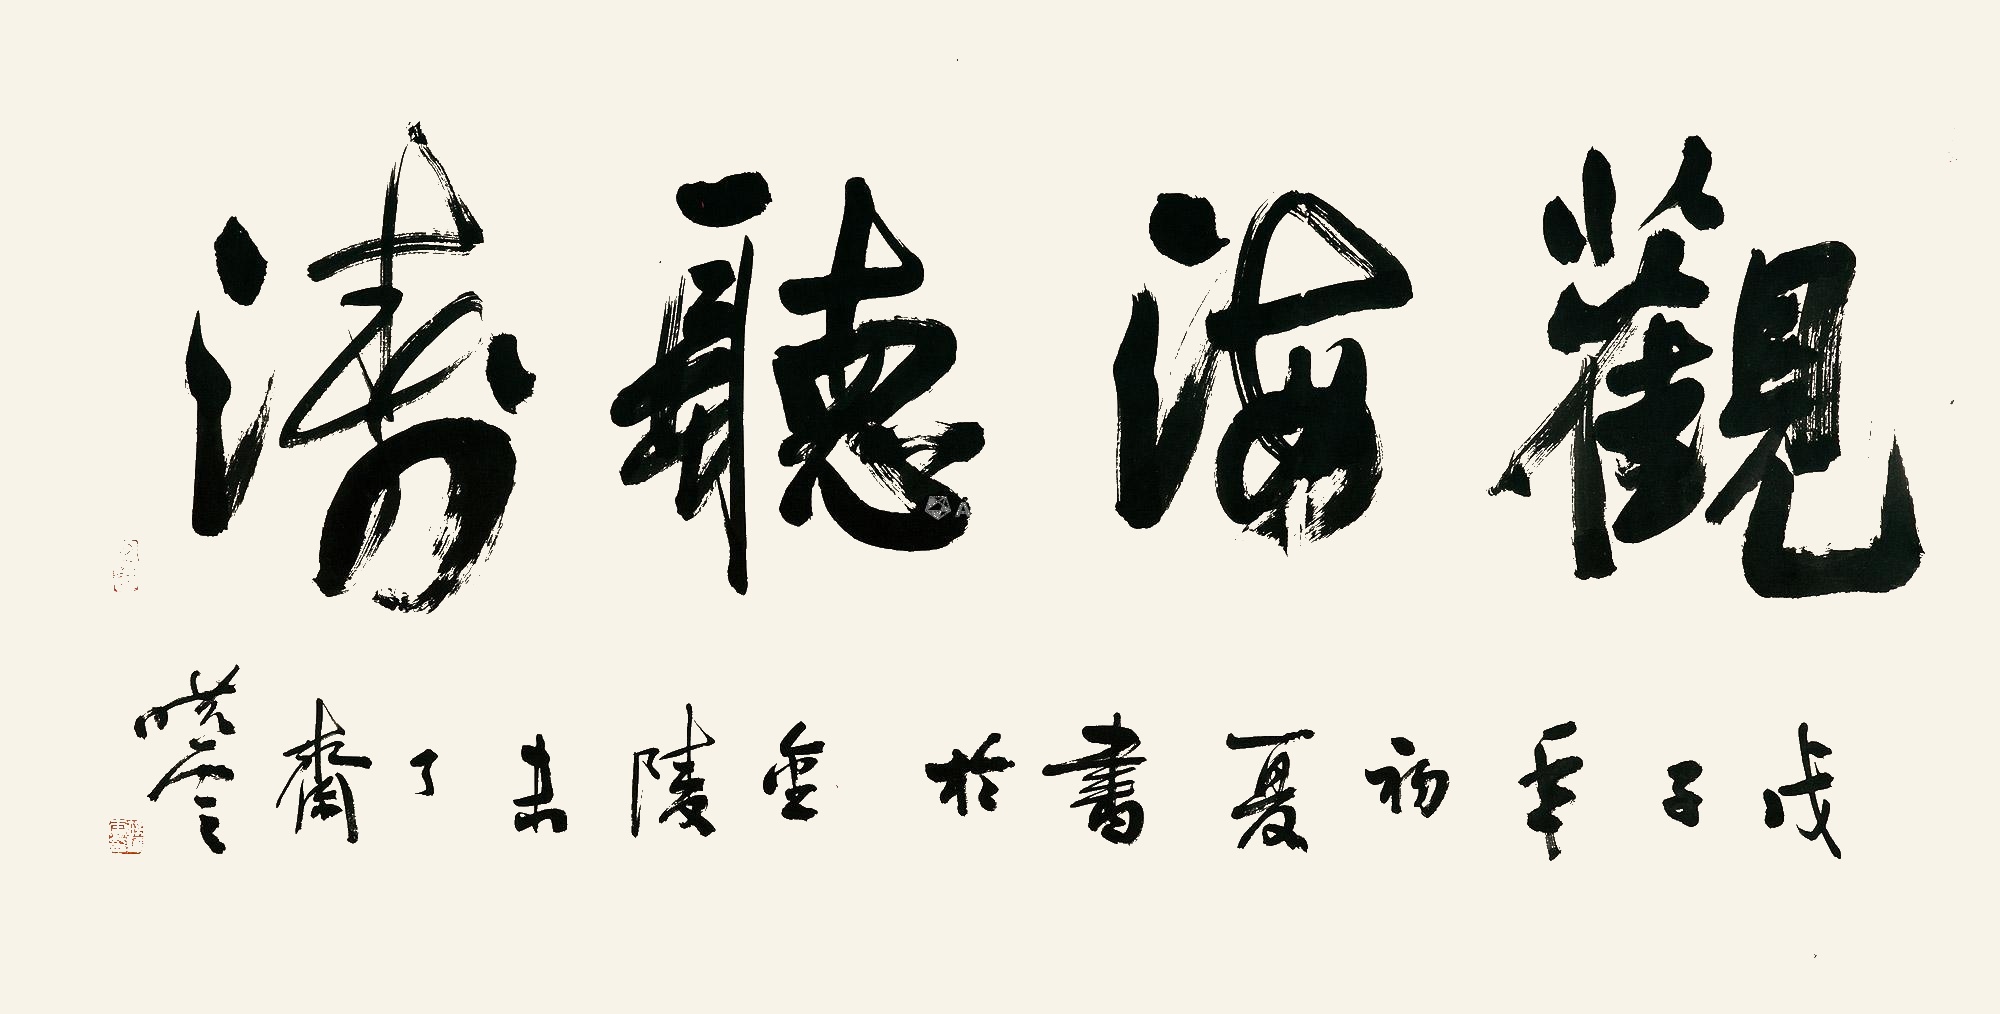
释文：观海听涛戊午年初夏，书于金陵未了斋，晓云。